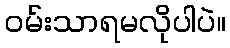
ဝမ်းသာရမလိုပါပဲ။